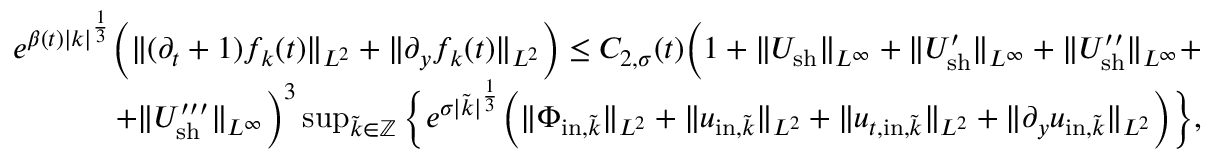
\begin{array} { r } { e ^ { \beta ( t ) | k | ^ { \frac { 1 } { 3 } } } \Big ( \| ( \partial _ { t } + 1 ) f _ { k } ( t ) \| _ { L ^ { 2 } } + \| \partial _ { y } f _ { k } ( t ) \| _ { L ^ { 2 } } \Big ) \leq C _ { 2 , \sigma } ( t ) \Big ( 1 + \| U _ { \mathrm { s h } } \| _ { L ^ { \infty } } + \| U _ { \mathrm { s h } } ^ { \prime } \| _ { L ^ { \infty } } + \| U _ { \mathrm { s h } } ^ { \prime \prime } \| _ { L ^ { \infty } } + } \\ { + \| U _ { \mathrm { s h } } ^ { \prime \prime \prime } \| _ { L ^ { \infty } } \Big ) ^ { 3 } \operatorname* { s u p } _ { \tilde { k } \in \mathbb Z } \Big \{ e ^ { \sigma | \tilde { k } | ^ { \frac { 1 } { 3 } } } \Big ( \| \Phi _ { \mathrm { i n } , \tilde { k } } \| _ { L ^ { 2 } } + \| u _ { \mathrm { i n } , \tilde { k } } \| _ { L ^ { 2 } } + \| u _ { t , \mathrm { i n } , \tilde { k } } \| _ { L ^ { 2 } } + \| \partial _ { y } u _ { \mathrm { i n } , \tilde { k } } \| _ { L ^ { 2 } } \Big ) \Big \} , } \end{array}